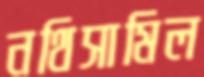
নথিসামিল